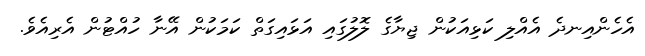
އެހެންއިނދެ އެއްލި ކަޅިއަކުން ޖިޔާގެ ލޮލުގައި އަޅައިގަތް ކަމަކުން އޭނާ ހުއްޓުން އެރިއެވެ.